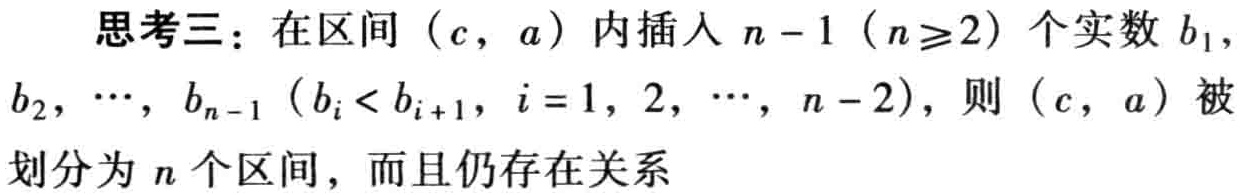
思考三：在区间\((c,a)\)内插入\(n - 1\)（\(n\geq2\)）个实数\(b_1\)，\(b_2,\cdots,b_{n - 1}\)（\(b_i < b_{i + 1}\)，\(i = 1,2,\cdots,n - 2\)），则\((c,a)\)被划分为\(n\)个区间，而且仍存在关系